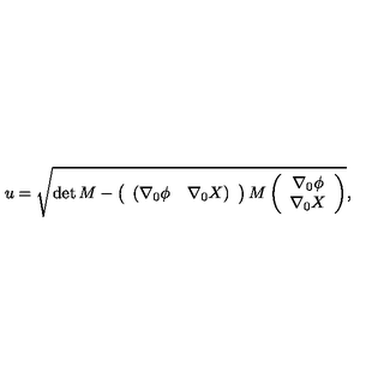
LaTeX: u = \sqrt { \det { M } - \left( \begin{array} { c c } { ( \nabla _ { 0 } \phi } & { \nabla _ { 0 } X ) } \\ \end{array} \right) M \left( \begin{array} { c } { \nabla _ { 0 } \phi } \\ { \nabla _ { 0 } X } \\ \end{array} \right) } ,